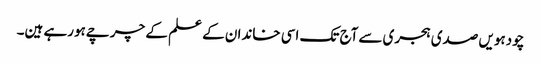
چودہویں صدی ہجری سےآج تک اسی خاندان کے علم کے چرچےہورہے ہین۔